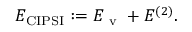
E _ { \mathrm { C I P S I } } : = E _ { \mathrm { ~ v ~ } } + E ^ { ( 2 ) } .